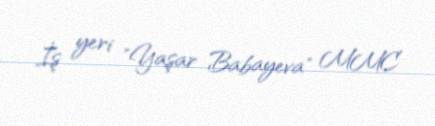
İş yeri "Yaşar Babayeva" MMC